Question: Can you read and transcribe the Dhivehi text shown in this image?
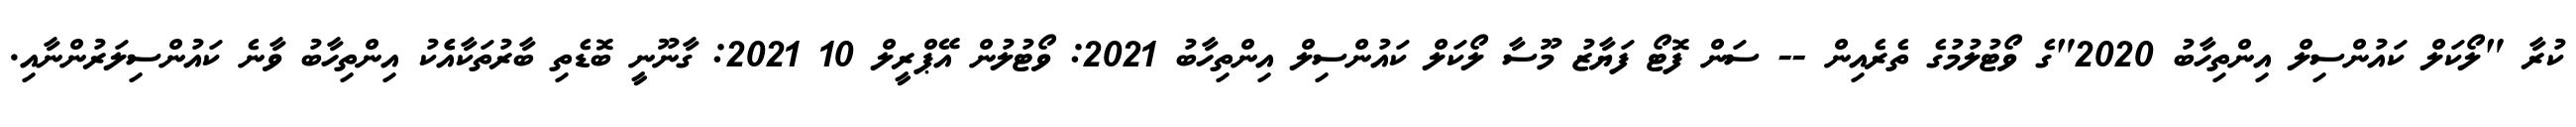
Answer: ކުރާ "ލޯކަލް ކައުންސިލް އިންތިހާބު 2020"ގެ ވޯޓުލުމުގެ ތެރެއިން -- ސަން ފޮޓޯ ފަޔާޒު މޫސާ ލޯކަލް ކައުންސިލް އިންތިހާބު 2021: ވޯޓުލުން އޭޕްރީލް 10 2021: ގާނޫނީ ބޮޑެތި ބާރުތަކާއެެކު އިންތިހާބު ވާނެ ކައުންސިލަރުންނާއި.